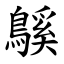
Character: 䳶